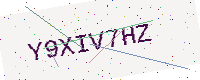
Text: Y9XIV7HZ